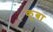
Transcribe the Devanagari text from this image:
कूबा